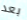
بعد